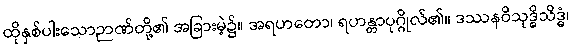
ထိုနှစ်ပါးသောဉာဏ်တို့၏ အခြားမဲ့၌။ အရဟတော၊ ရဟန္တာပုဂ္ဂိုလ်၏။ ဒဿနဝိသုဒ္ဓိသိဒ္ဓံ၊